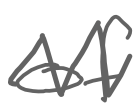
Text: of
Cross-out: zig-zag
Writing tool: digital_gray